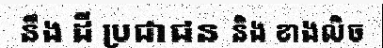
នឹង ដី ប្រជាជន និង ខាងលិច